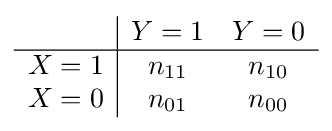
{\begin{array}{c|cc}&Y=1&Y=0\\\hline X=1&n_{11}&n_{10}\\X=0&n_{01}&n_{00}\end{array}}